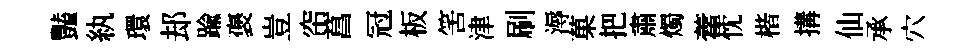
豔紈環𨚫踰褒豈帘菖冠板筈津刷溽菓把肅燭藿忱楷搆仙承穴